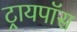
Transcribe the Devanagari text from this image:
ट्रायपॉस